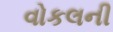
વોકલની